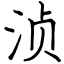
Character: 浈